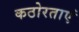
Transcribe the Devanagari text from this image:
कठोरताएं